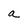
Character: a